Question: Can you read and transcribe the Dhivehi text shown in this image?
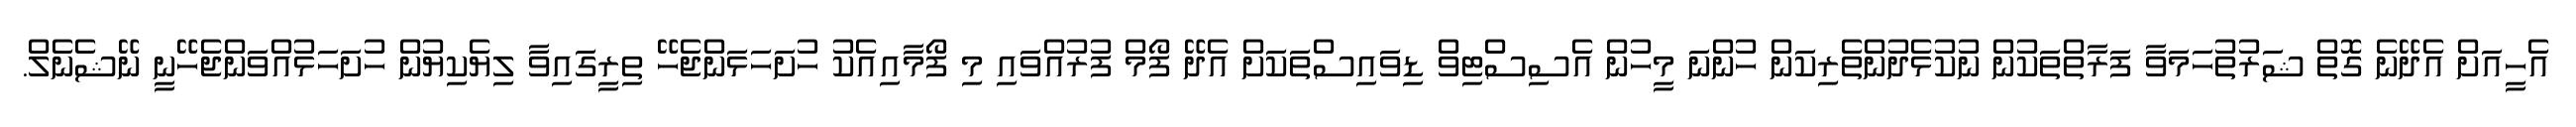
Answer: އެހީއަށް އެދޭނެ ގޮތް ޝަރުތުހަމަވާ ފަރާތްތަކުން ނުކުޅެދުންތެރިކަން ހުންނަ މީހުން އެސިސްޓިވް ޑިވައިސްތަކަށް އެދޭ ފޯމް ފުރުއްވައި މި ފޯމާއިއެކު ހުށަހަޅަންޖެހޭ ތިރީގައިވާ ލިޔެކިޔުން ހުށަހަޅުއްވަންޖެހޭނީ ނޭޝެނެލް.